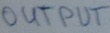
Text: OUTPUT